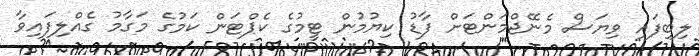
ލިބިފައި ވިޔަސް މެނޭޖްމަންޓަށް ފާޑު ކިޔުމުން ޓީމުގެ ކެޕްޓަން ކަމުގެ މަގާމު ގެއްލިފައިވާ